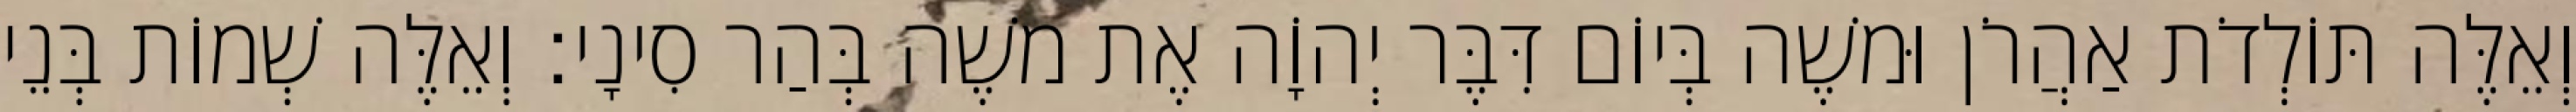
וְאֵלֶּה תּוֹלְדֹת אַהֲרֹן וּמשֶׁה בְּיוֹם דִּבֶּר יְהוָֹה אֶת משֶׁה בְּהַר סִינָי׃ וְאֵלֶּה שְׁמוֹת בְּנֵי